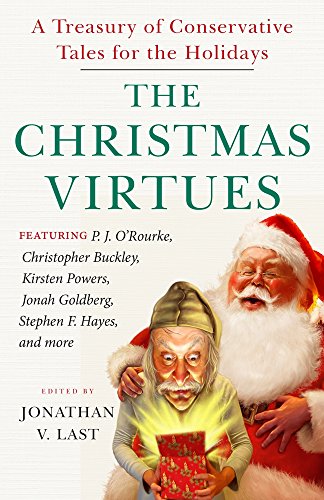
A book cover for The Christmas Virtues: A Treasury of Conservative Tales for the Holidays; Politics & Social Sciences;